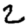
Digit: 2